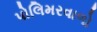
પોલિમરવાળો